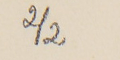
2/2